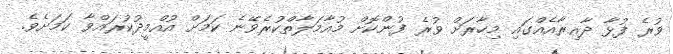
ވުރެ ފުޅާ ދާއިރާއެއްގައި މިހާރަށް ވުރެ ފުންކޮށް މުއާމަލާތްކުރެވޭނެ ކަމަށް އުއްމީދުކުރައްވާ ކަމަށެވެ.